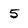
Character: 5